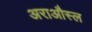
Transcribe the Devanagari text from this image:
अराऔस्ल